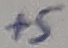
Text: +5